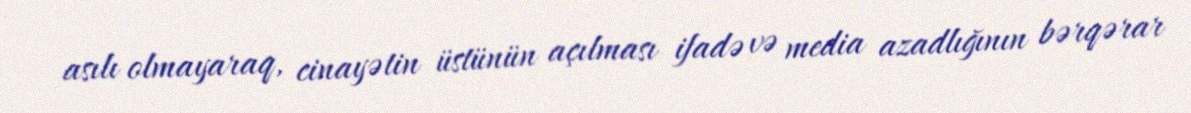
asılı olmayaraq, cinayətin üstünün açılması ifadə və media azadlığının bərqərar